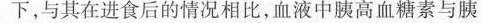
下，与其在进食后的情况相比，血液中胰高血糖素与胰